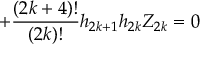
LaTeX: + \frac { ( 2 k + 4 ) ! } { ( 2 k ) ! } h _ { 2 k + 1 } h _ { 2 k } { \cal Z } _ { 2 k } = 0